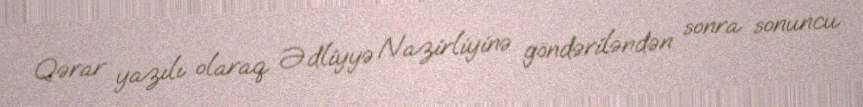
Qərar yazılı olaraq Ədliyyə Nazirliyinə göndəriləndən sonra sonuncu